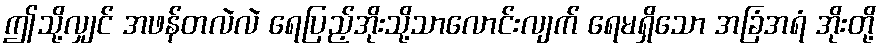
ဤသို့လျှင် အဖန်တလဲလဲ ရေပြည့်အိုးသို့သာလောင်းလျက် ရေမရှိသော အခြံအရံ အိုးတို့